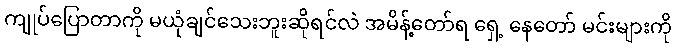
ကျုပ်ပြောတာကို မယုံချင်သေးဘူးဆိုရင်လဲ အမိန့်တော်ရ ရှေ့ နေတော် မင်းများကို